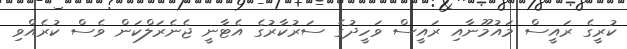
ކުރީގެ ރައީސް މައުމޫނާއި ރައީސް ވަހީދުގެ ސަރުކާރުގެ އެޓާނީ ޖެނެރަލްކަން ވެސް ކުރެއްވި